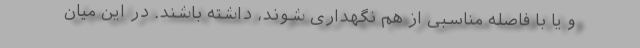
و یا با فاصله مناسبی از هم نگهداری شوند، داشته باشند. در این میان